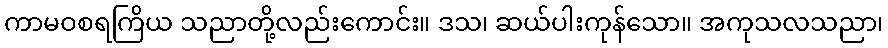
ကာမဝစရကြိယ သညာတို့လည်းကောင်း။ ဒသ၊ ဆယ်ပါးကုန်သော။ အကုသလသညာ၊